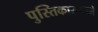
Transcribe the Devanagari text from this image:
पुस्तिकारूपाने